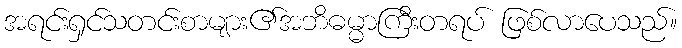
အရင်းရှင်သတင်းစာများ၏အဘိဓမ္မာကြီးတရပ် ဖြစ်လာပေသည်။